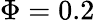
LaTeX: \Phi=0.2